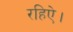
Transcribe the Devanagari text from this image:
रहिऐ।